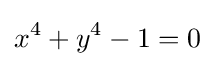
x^{4}+y^{4}-1=0